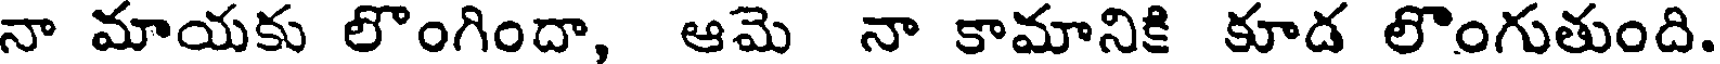
నా మాయకు లొంగిందా, ఆమె నా కామానికి కూడ లొంగుతుంది.